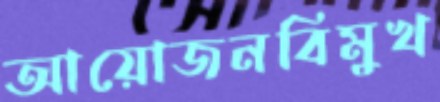
আয়োজনবিমুখ